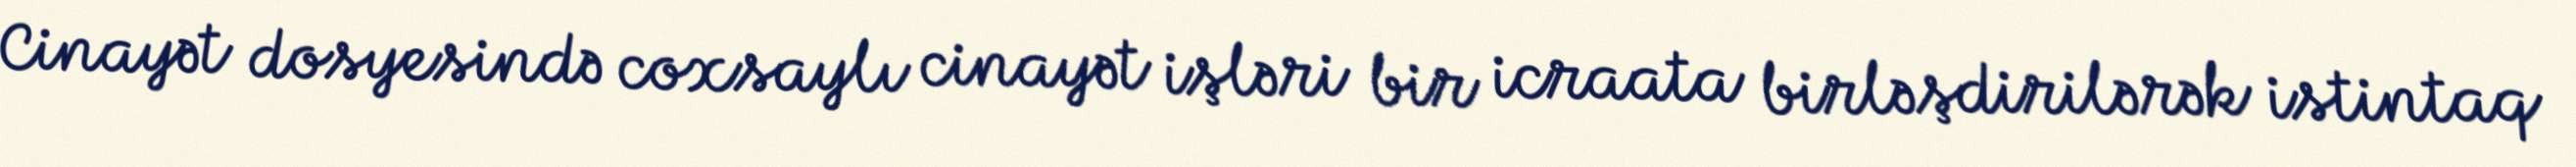
Cinayət dosyesində coxsaylı cinayət işləri bir icraata birləşdirilərək istintaq